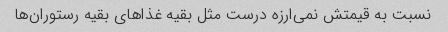
نسبت به قیمتش نمی‌ارزه درست مثل بقیه غذاهای بقیه رستوران‌ها